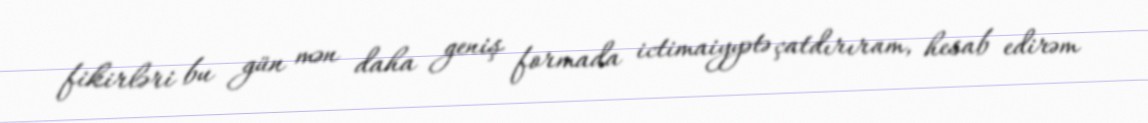
fikirləri bu gün mən daha geniş formada ictimaiyyətə çatdırıram, hesab edirəm